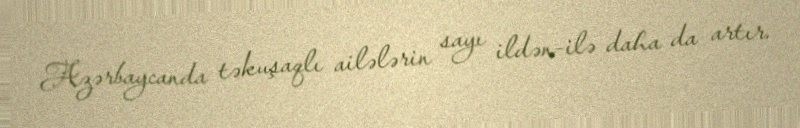
Azərbaycanda təkuşaqlı ailələrin sayı ildən-ilə daha da artır.